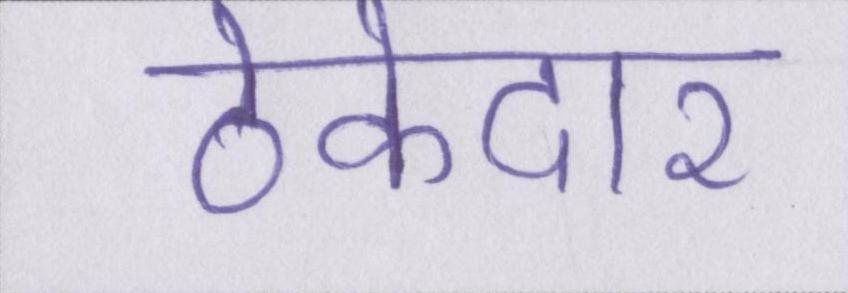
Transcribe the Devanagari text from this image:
ठेकेदार